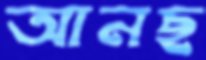
আনছ